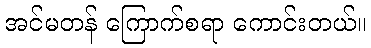
အင်မတန် ကြောက်စရာ ကောင်းတယ်။